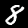
Digit: 8